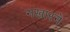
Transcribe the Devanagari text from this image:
नखारने